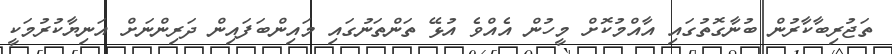
ތަޖުރިބާކާރުން ބުނާގޮތުގައި އާއްމުކޮށް މީހުން އެއްވެ އުޅޭ ތަންތަނުގައި މައިންބަފައިން ދަރިންނަށް އަނިޔާކުރުމަކީ